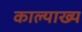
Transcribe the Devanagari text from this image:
काल्याख्य